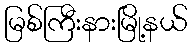
မြစ်ကြီးနားမြို့နယ်